King Institute of Preventive Medicine Bacteriolog. Section reports 1907-08
Year: 1907
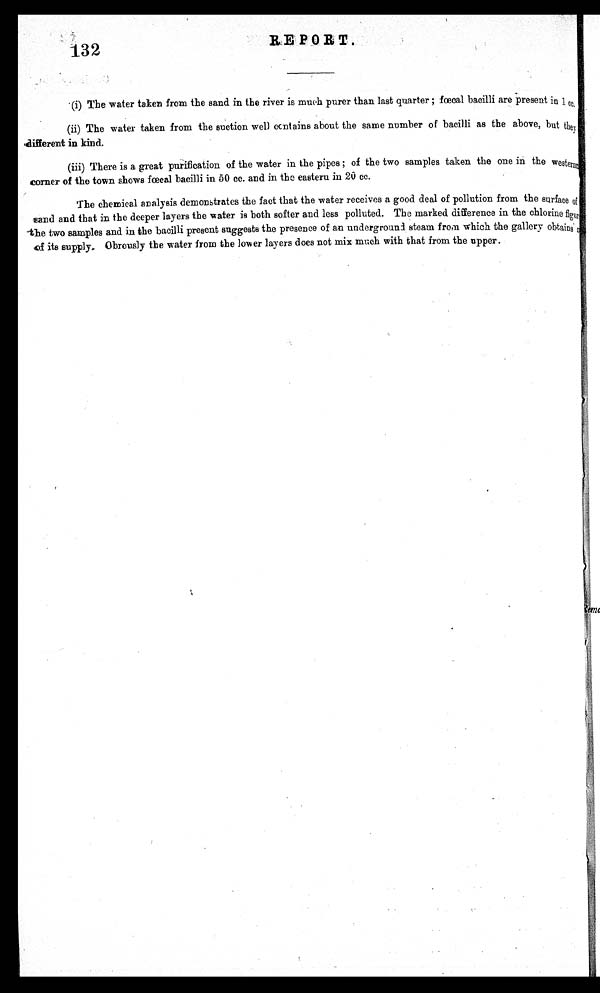
RE P 0 R T
1 3 2
(i) The water taken from the sand in the river is much purer than last quarter ; fœcal bacilli are present in1 cc.
( i i ) T h e w a t e r t a k e n f r o m t h e s u c t i o n w e l l c c n t a i n s a b o u t t h e s a m e n u m b e r o f b a c i l l i a s t h e a b o v e , b u t
, different in kind.
(iii) There is a great purification of the water in the pipes ; of the two samples taken the one in the western
corner of the town shows fœcal bacilli in 50 cc. and in the eastern in 20 cc.
The chemical analysis demonstrates the fact that the water receives a good deal of pollution from the surface of
sand and that in the deeper layers the water is both softer and less polluted. The marked difference in the chlorine figure
the two samples and in the bacilli present suggests the presence of an underground steam from which the gallery obtains
of its supply. Obrously the water from the lower layers does not mix much with that from the upper.